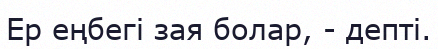
Ер еңбегі зая болар, - депті.